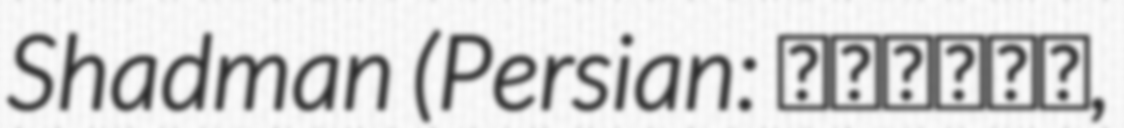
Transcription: Shadman (Persian: شادمان,